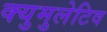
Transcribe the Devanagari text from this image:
क्युमुलेटिव